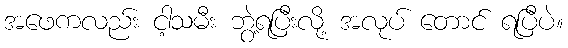
အဖေကလည်း ငါ့သမီး ဘွဲ့ရပြီးလို့ အလုပ် တောင် ရပြီပဲ။